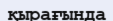
қырағында